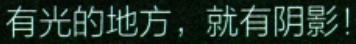
有光的地方，就有阴影！